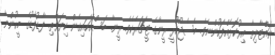
ނައްޓާލިތާ އިރުކޮޅެއްފަހުންނެވެ. މެސެޖުކުރީ ރީނާގެ ޓީޗަރެކެވެ. ރީނާ. ބަސްއަހައިގެން ކިޔަވާތި. ފާޑުފާޑުގެ މީހުންނާ